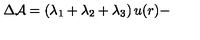
\Delta { \cal A } = \left( \lambda _ { 1 } + \lambda _ { 2 } + \lambda _ { 3 } \right) u ( r ) -